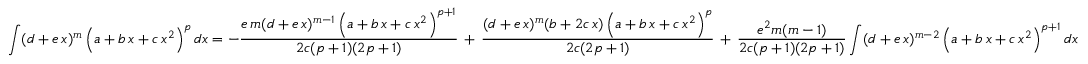
\int ( d + e \, x ) ^ { m } \left( a + b \, x + c \, x ^ { 2 } \right) ^ { p } d x = - { \frac { e \, m ( d + e \, x ) ^ { m - 1 } \left( a + b \, x + c \, x ^ { 2 } \right) ^ { p + 1 } } { 2 c ( p + 1 ) ( 2 p + 1 ) } } \, + \, { \frac { ( d + e \, x ) ^ { m } ( b + 2 c \, x ) \left( a + b \, x + c \, x ^ { 2 } \right) ^ { p } } { 2 c ( 2 p + 1 ) } } \, + \, { \frac { e ^ { 2 } m ( m - 1 ) } { 2 c ( p + 1 ) ( 2 p + 1 ) } } \int ( d + e \, x ) ^ { m - 2 } \left( a + b \, x + c \, x ^ { 2 } \right) ^ { p + 1 } d x